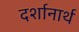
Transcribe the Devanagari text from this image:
दर्शानार्थ